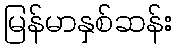
မြန်မာနှစ်ဆန်း